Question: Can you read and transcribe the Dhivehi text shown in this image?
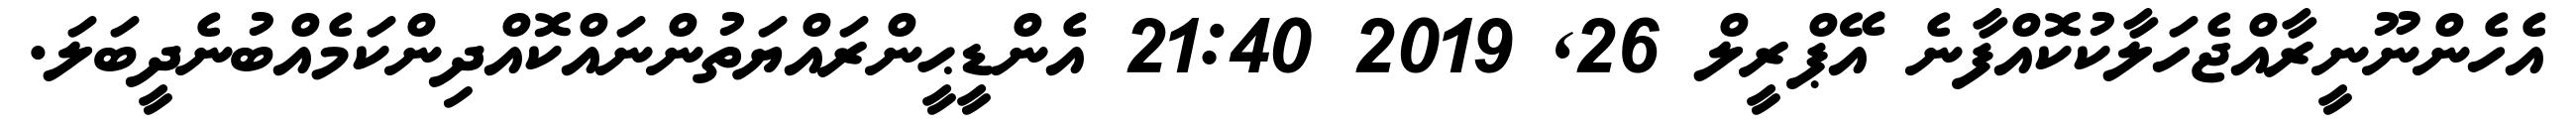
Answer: އެހެންނޫނީރާއްޖެހަލާކުކޮއްފާނެ އޭޕްރީލް 26, 2019 21:40 އެންޑީޙީންރައްޔަތުންނައްކޮއްދިންކަމެއްބުނެދީބަލަ.